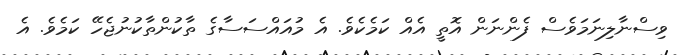
ވިސްނާލިނަމަވެސް ފެންނަން އޮތީ އެއް ކަމެކެވެ. އެ މުއައްސަސާގެ ތާކުންތާކުނުޖެހޭ ކަމެވެ. އެ